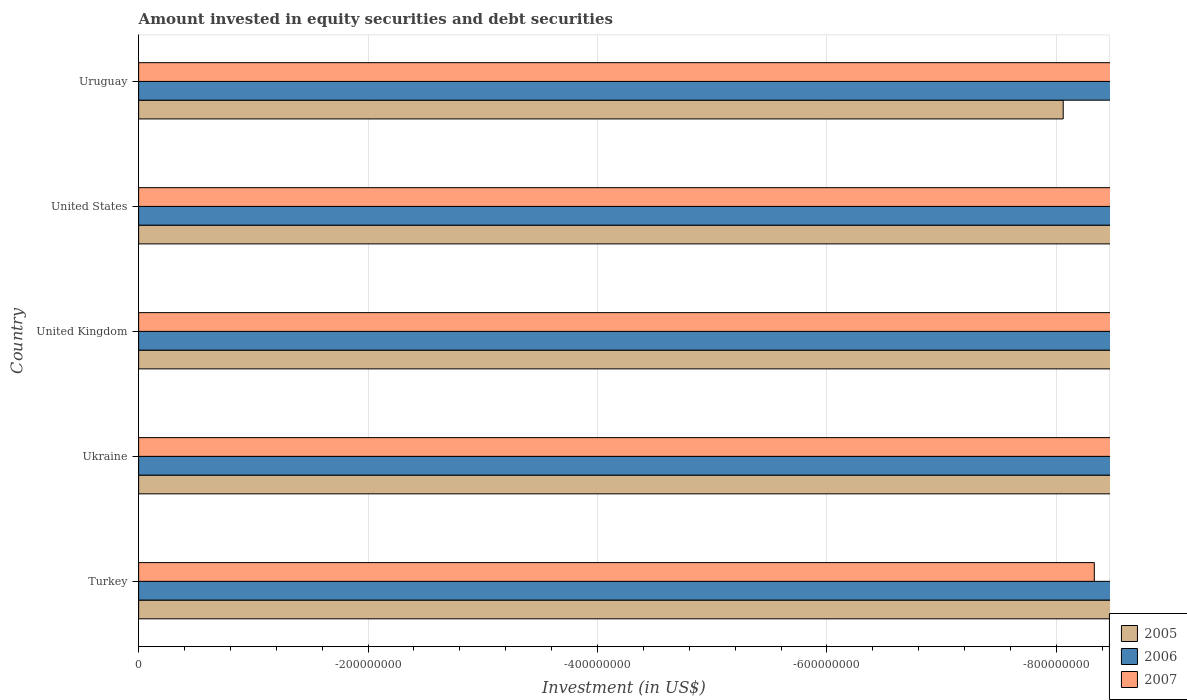
| Country | 2005 | 2006 | 2007 |
 | --- | --- | --- | --- |
 | Turkey | -1.34e+10 | -7.42e+09 | -8.33e+08 |
 | Ukraine | -2.76e+09 | -3.58e+09 | -5.75e+09 |
 | United Kingdom | -8.63e+10 | -1.03e+11 | -2.21e+11 |
 | United States | -5.65e+11 | -6.33e+11 | -7.76e+11 |
 | Uruguay | -8.06e+08 | -1.69e+09 | -1.15e+09 |